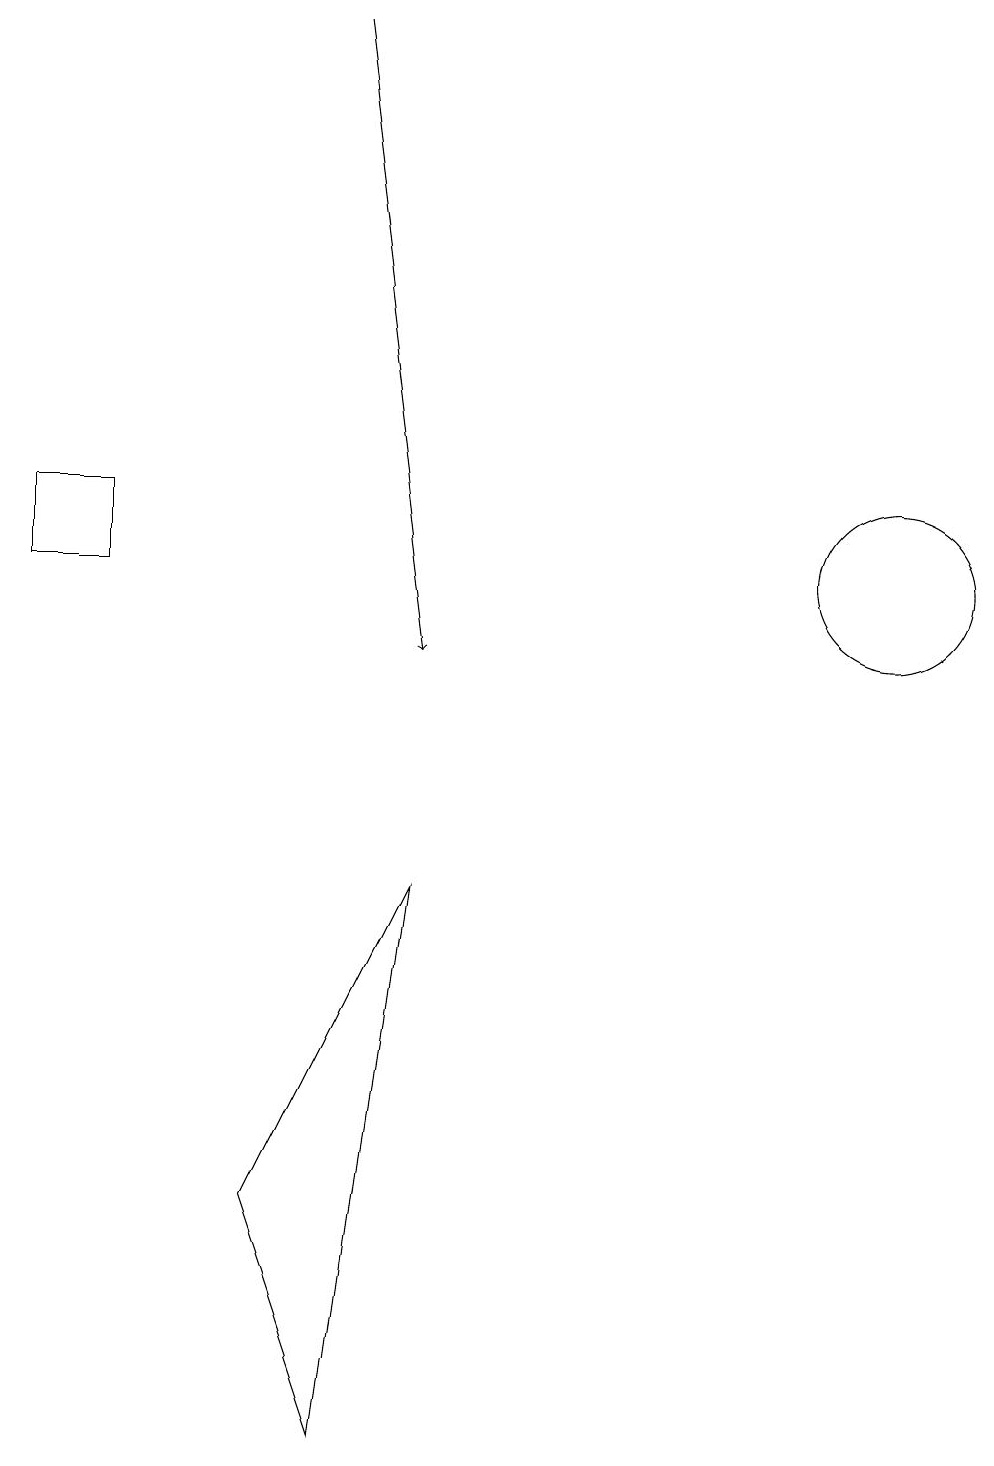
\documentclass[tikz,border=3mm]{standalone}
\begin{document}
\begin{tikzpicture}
\draw[->] (4,18) -- (5,10);
\draw (11,11) circle (1);
\draw (5,7) -- (4,0) -- (3,3) -- cycle;
\draw (0,11) rectangle (1,12);
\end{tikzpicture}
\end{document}